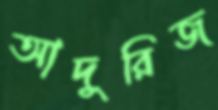
আদুরিজ